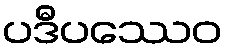
ပဒီပဿေဝ